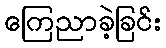
ကြေညာခဲ့ခြင်း